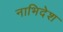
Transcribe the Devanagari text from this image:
नाभिदेश